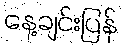
နေ့ချင်းပြန်